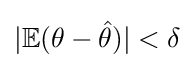
|\mathbb {E} (\theta -{\hat {\theta }})|<\delta